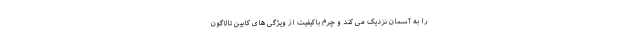
را به آسمان نزدیک می کند و چرم باکیفیت از ویژگی های کابین تالاگون